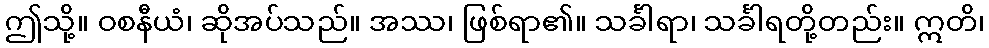
ဤသို့။ ဝစနီယံ၊ ဆိုအပ်သည်။ အဿ၊ ဖြစ်ရာ၏။ သင်္ခါရာ၊ သင်္ခါရတို့တည်း။ ဣတိ၊